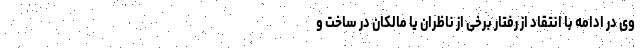
وی در ادامه با انتقاد از رفتار برخی از ناظران یا مالکان در ساخت و